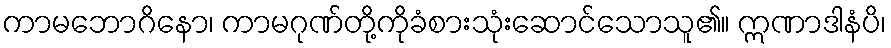
ကာမဘောဂိနော၊ ကာမဂုဏ်တို့ကိုခံစားသုံးဆောင်သောသူ၏။ ဣဏာဒါနံပိ၊